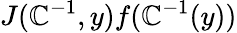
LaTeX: J(\mathbb{C}^{-1},y)f(\mathbb{C}^{-1}(y))